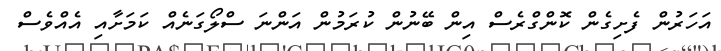
އަހަރުން ފެށިގެން ކޮންގްރެސް އިން ބޭނުން ކުރަމުން އަންނަ ސްލޯގަނެއް ކަމަށާއި އެއްވެސް